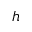
h